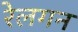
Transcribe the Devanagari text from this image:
रेलगन